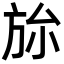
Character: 旀